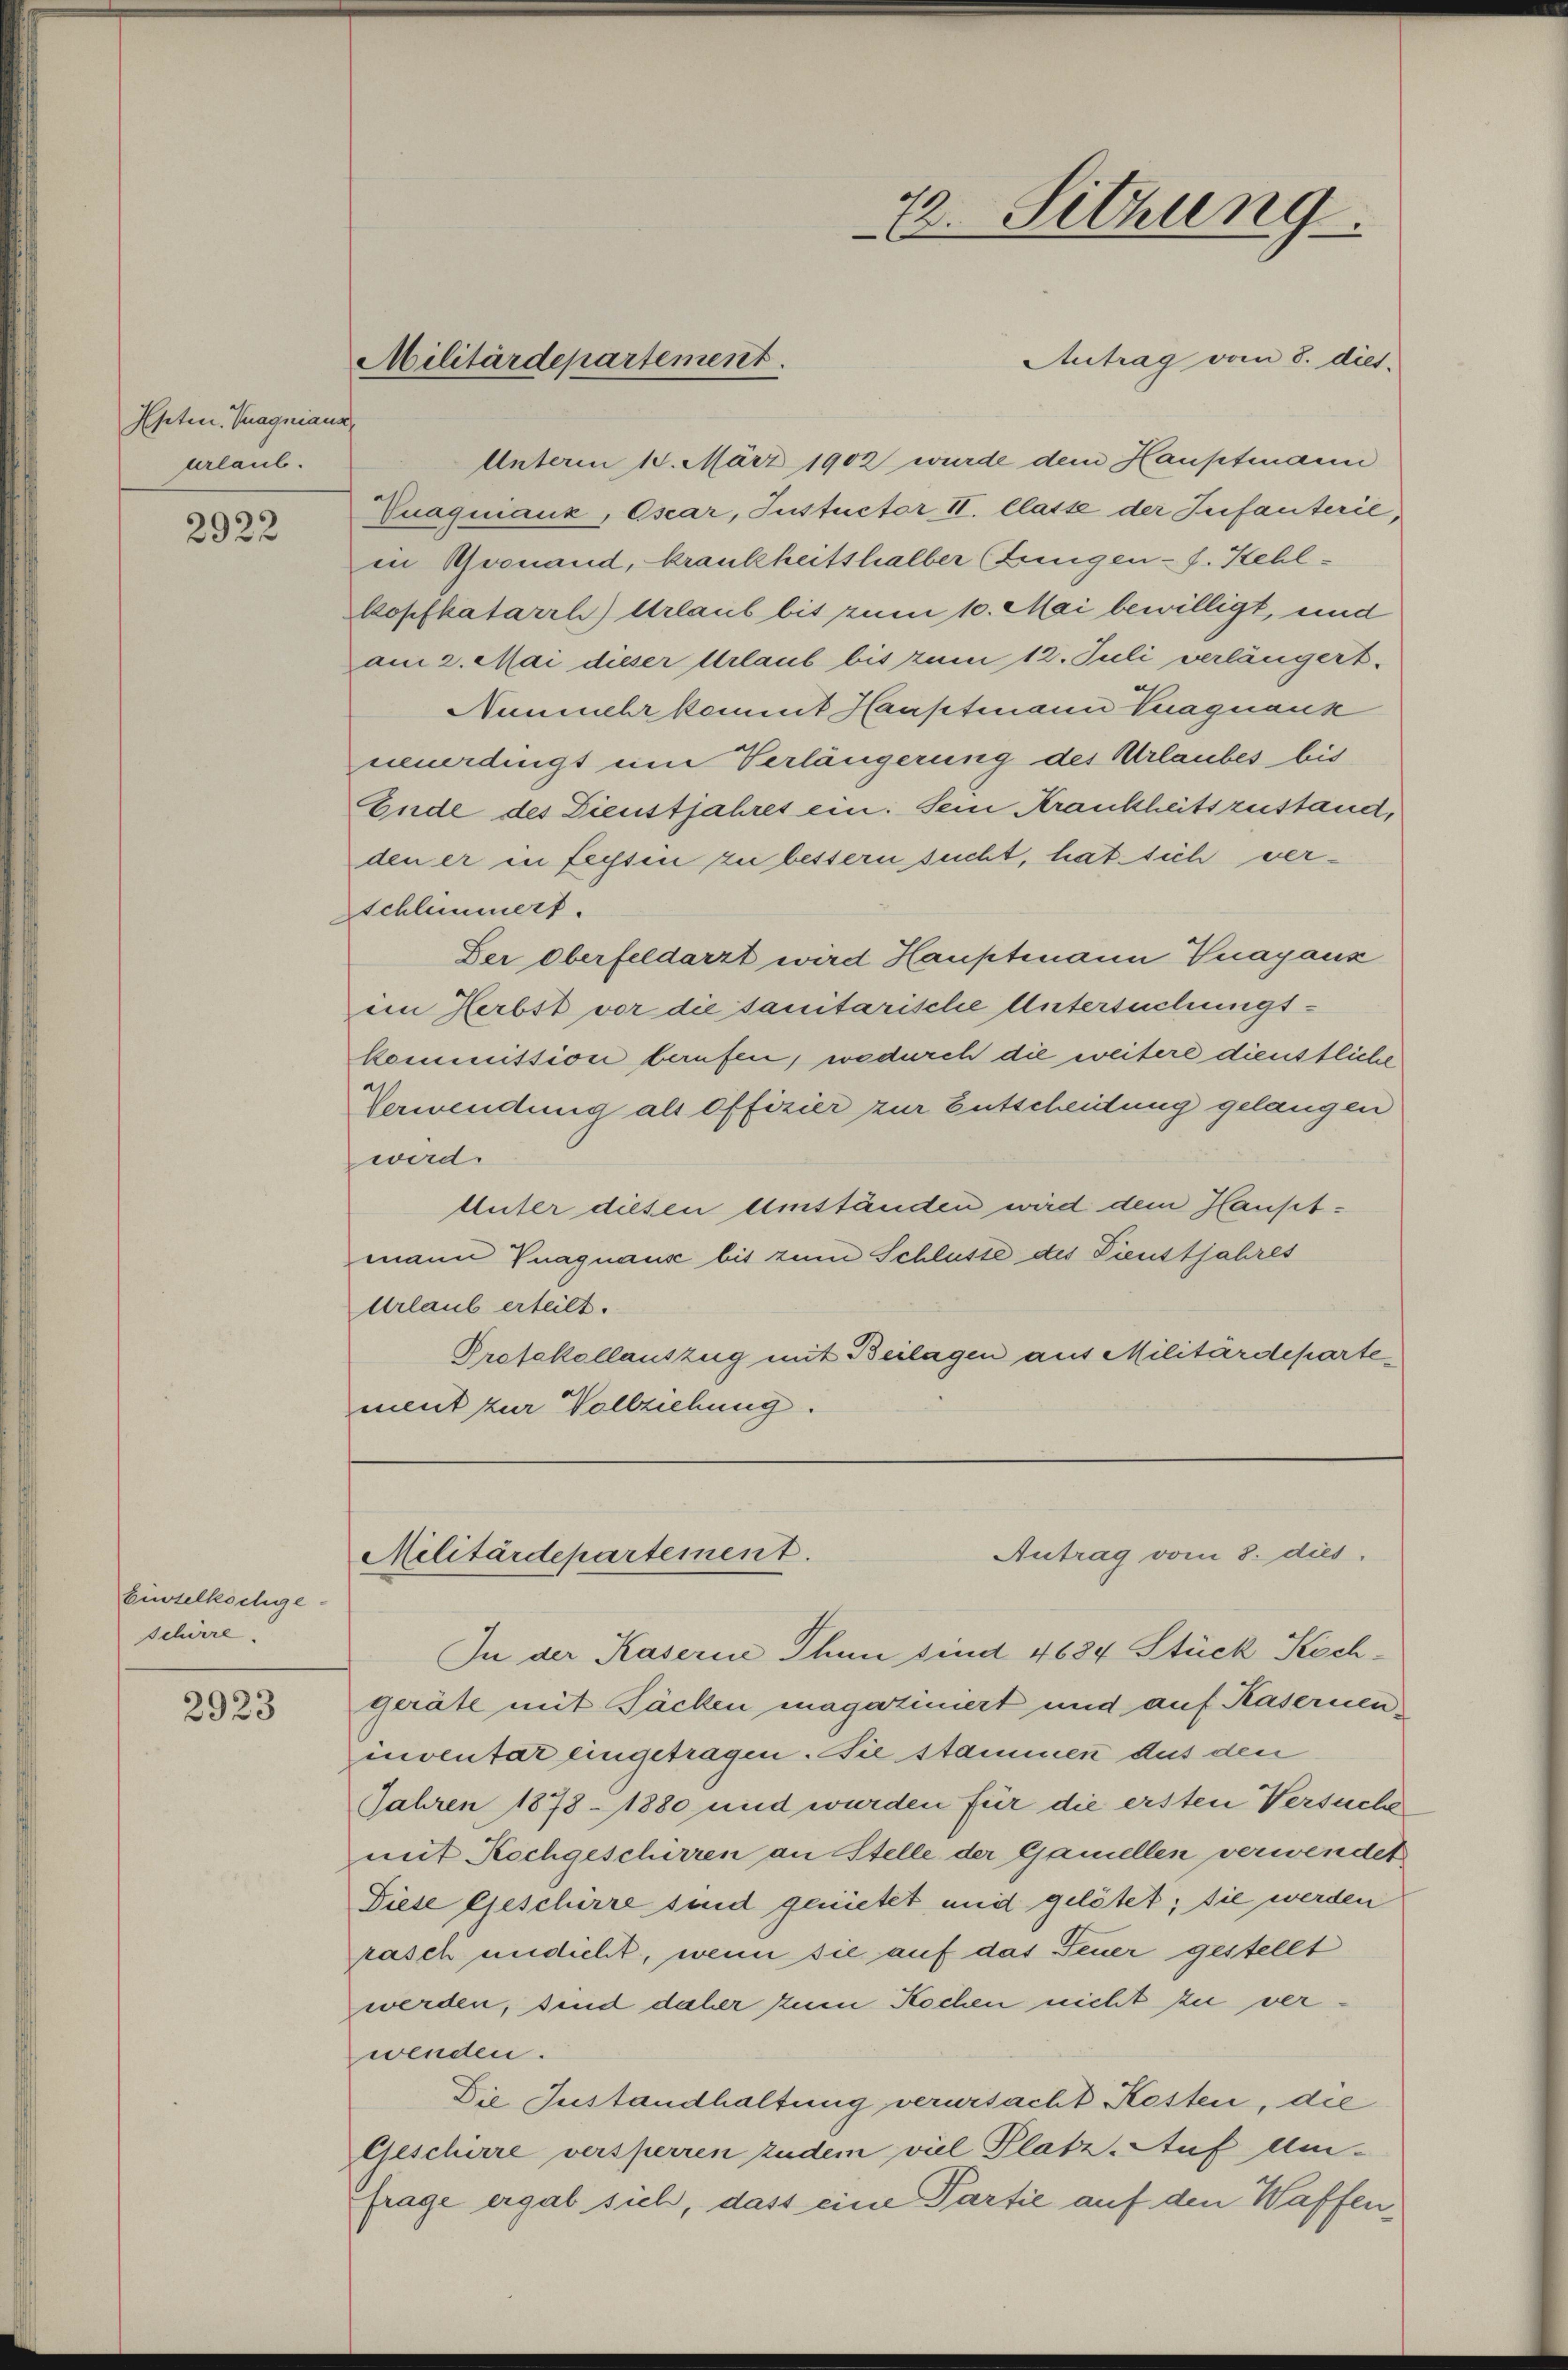
Eseten. Vuagniana
urlaub.

2922

Einzelkochge¬
Schirre.

2923

Antrag vom 8. diet.
Unterm 18. März 1902 wurde dem Hauptmann
Gnaquianz, Oscar, Instuctor II. Classe der Infanterie,
in Pronand, krankheitshalber Zungen - f. Kehlkopfkatarrh) Urlaub bis zum 10. Mai bewilligt, und
am 2. Mai dieser Urlaub bis zum 12. Juli verlängert.
Nunmehr kommt Hauptmann Vuagnaus
unerdingt um Verlängerung des Urlaubes bis
Ende des Dienstjahres ein. Sein Krankheitszustand,
den er in feyssen zu bessern sucht, hat sich ver¬
Schlimmert.
Der oberfeldarzt wird Hauptmann Knaganz
im Herbst vor die sanitarische Untersuchungskommission berufen, wodurch die weitere dienstliche
Verwendung als Offizier zur Entscheidung gelangen
wird.
Unter diesen Umständen wird dem Hauptmann Vnagnaus bis zum Schlusse des Pienstjahres
Urlaub erteilt.
Profekollauszug mit Beilagen aus Militärdepartement zur Vollziehung.

Militärdepartement.

72. Sitzung

Antrag vom 8. dies
Militärdepartement.

In der Kasern Thun sind 4634 Stück Kochgeräte mit Täcken magazinert und auf Kasernen
inventar eingetragen. Sie stammen das den
Jahren 1878 - 1880 und wurden für die ersten Versuche
mit Rochgeschirren an Stelle der Gamellen verwendet
Diese Geschirre sind genietet und gelötet; sie werden
rasch undicht, wenn sie auf das Feuer gestellt
werden, sind daher zum Kochen nicht zu verwenden.
Die Zustandhaltung verursacht Kosten, die
Geschirre versperren zudem viel Platz. Auf Amfrage ergab sich, dass eine Partie auf den Waffen¬